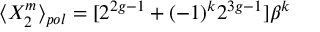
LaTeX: \langle X _ { 2 } ^ { m } \rangle _ { p o l } = [ 2 ^ { 2 g - 1 } + ( - 1 ) ^ { k } 2 ^ { 3 g - 1 } ] \beta ^ { k }